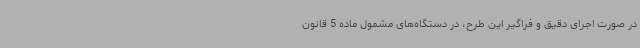
در صورت اجرای دقیق و فراگیر این طرح، در دستگاه‌های مشمول ماده 5 قانون